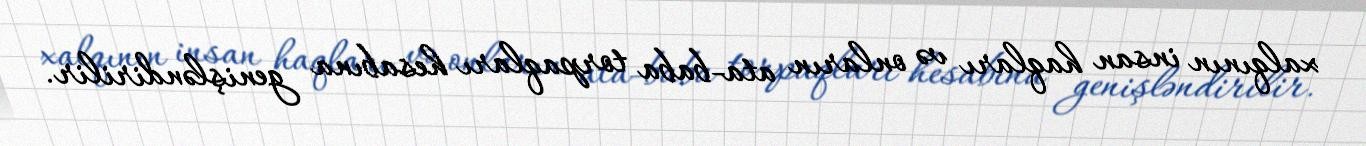
xalqının insan haqları və onların ata-baba torpaqları hesabına genişləndirilir.